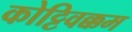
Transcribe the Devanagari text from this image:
कोट्टिवक्कम